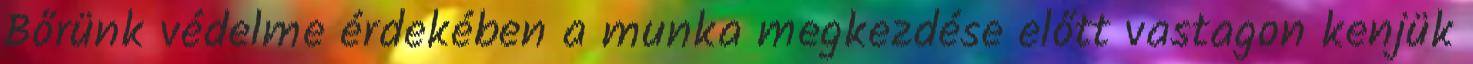
Bőrünk védelme érdekében a munka megkezdése előtt vastagon kenjük